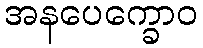
အနပေက္ခောဝ